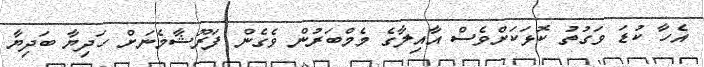
އެހާ ކުޑަ ވަގުތު ކޮޅަކަށްވެސް އާއިލާގެ މެމްބަރުން ވެގެން ފަރޫޝާމެނަށް ހަދިޔާ ބަދިޔާ